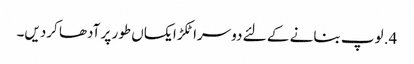
4. لوپ بنانے کے لئے دوسرا ٹکڑا یکساں طور پر آدھا کردیں۔